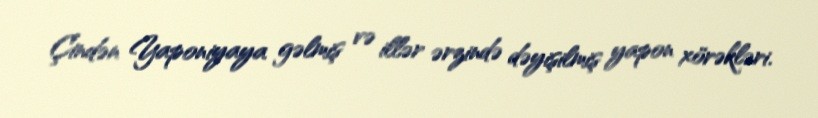
Çindən Yaponiyaya gəlmiş və illər ərzində dəyişilmiş yapon xörəkləri.